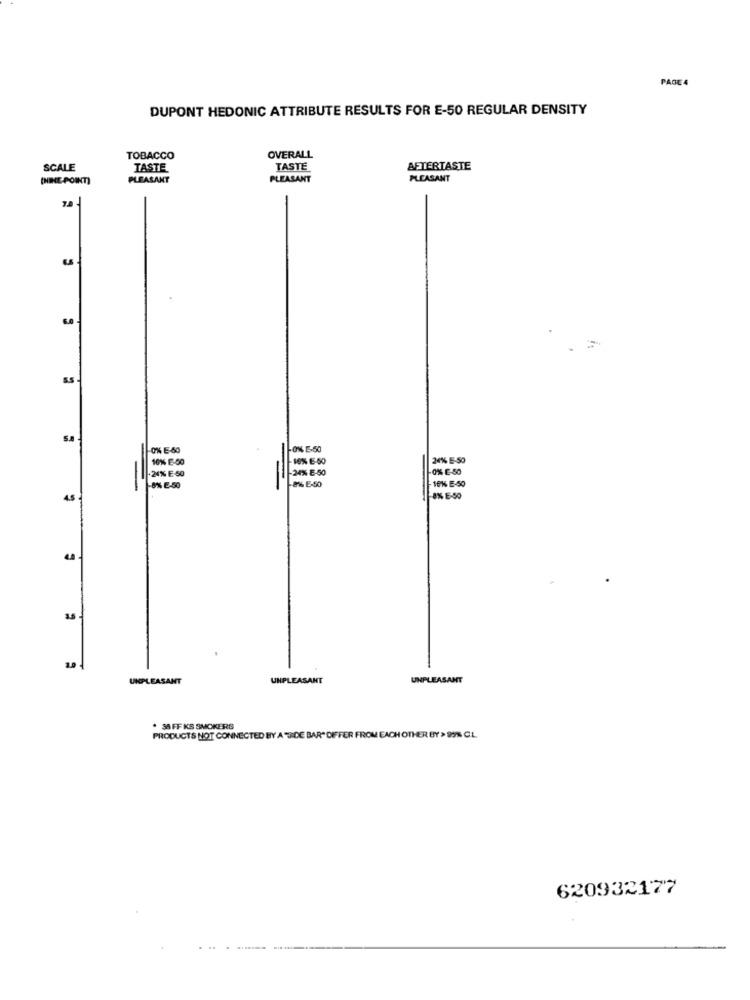
PAGE 4
DUPONT HEDONIC ATTRIBUTE RESULTS FOR E-50 REGULAR DENSITY
TOBACCO
OVERALL
SCALE
TASTE
TASTE
AFTERTASTE
(NINE-POINT)
PLEASANT
PLEASANT
PLEASANT
0% E-60
24% E-50
10% E-50
-0% E-50
20% E 50
20% 8-50
-8% E-50
LES E-SO
10% E-50
45
8% E-50
35
UNPLEASANT
UNPLEASANT
UNPLEASANT
* 38 FF KS SMOKERS
PRODUCTS NOT CONNECTED BY A SIDE BAR" DIFFER FROM EACH OTHER BY > 99% CL
620932177